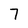
Character: 7